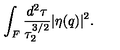
\int _ { F } \frac { d ^ { 2 } \tau } { \tau _ { 2 } ^ { 3 / 2 } } | \eta ( q ) | ^ { 2 } .